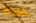
مقبرة